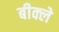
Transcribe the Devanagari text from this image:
बीक्ले